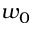
w _ { 0 }